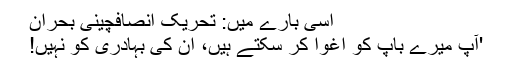
اسی بارے میں: تحریک انصافچینی بحران
'آپ میرے باپ کو اغوا کر سکتے ہیں، ان کی بہادری کو نہیں!